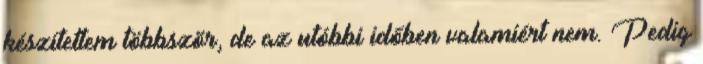
készítettem többször, de az utóbbi időben valamiért nem. Pedig